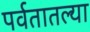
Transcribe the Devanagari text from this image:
पर्वतातल्या